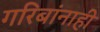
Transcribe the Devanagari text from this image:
गरिबांनाही